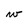
Character: w